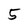
Character: 5